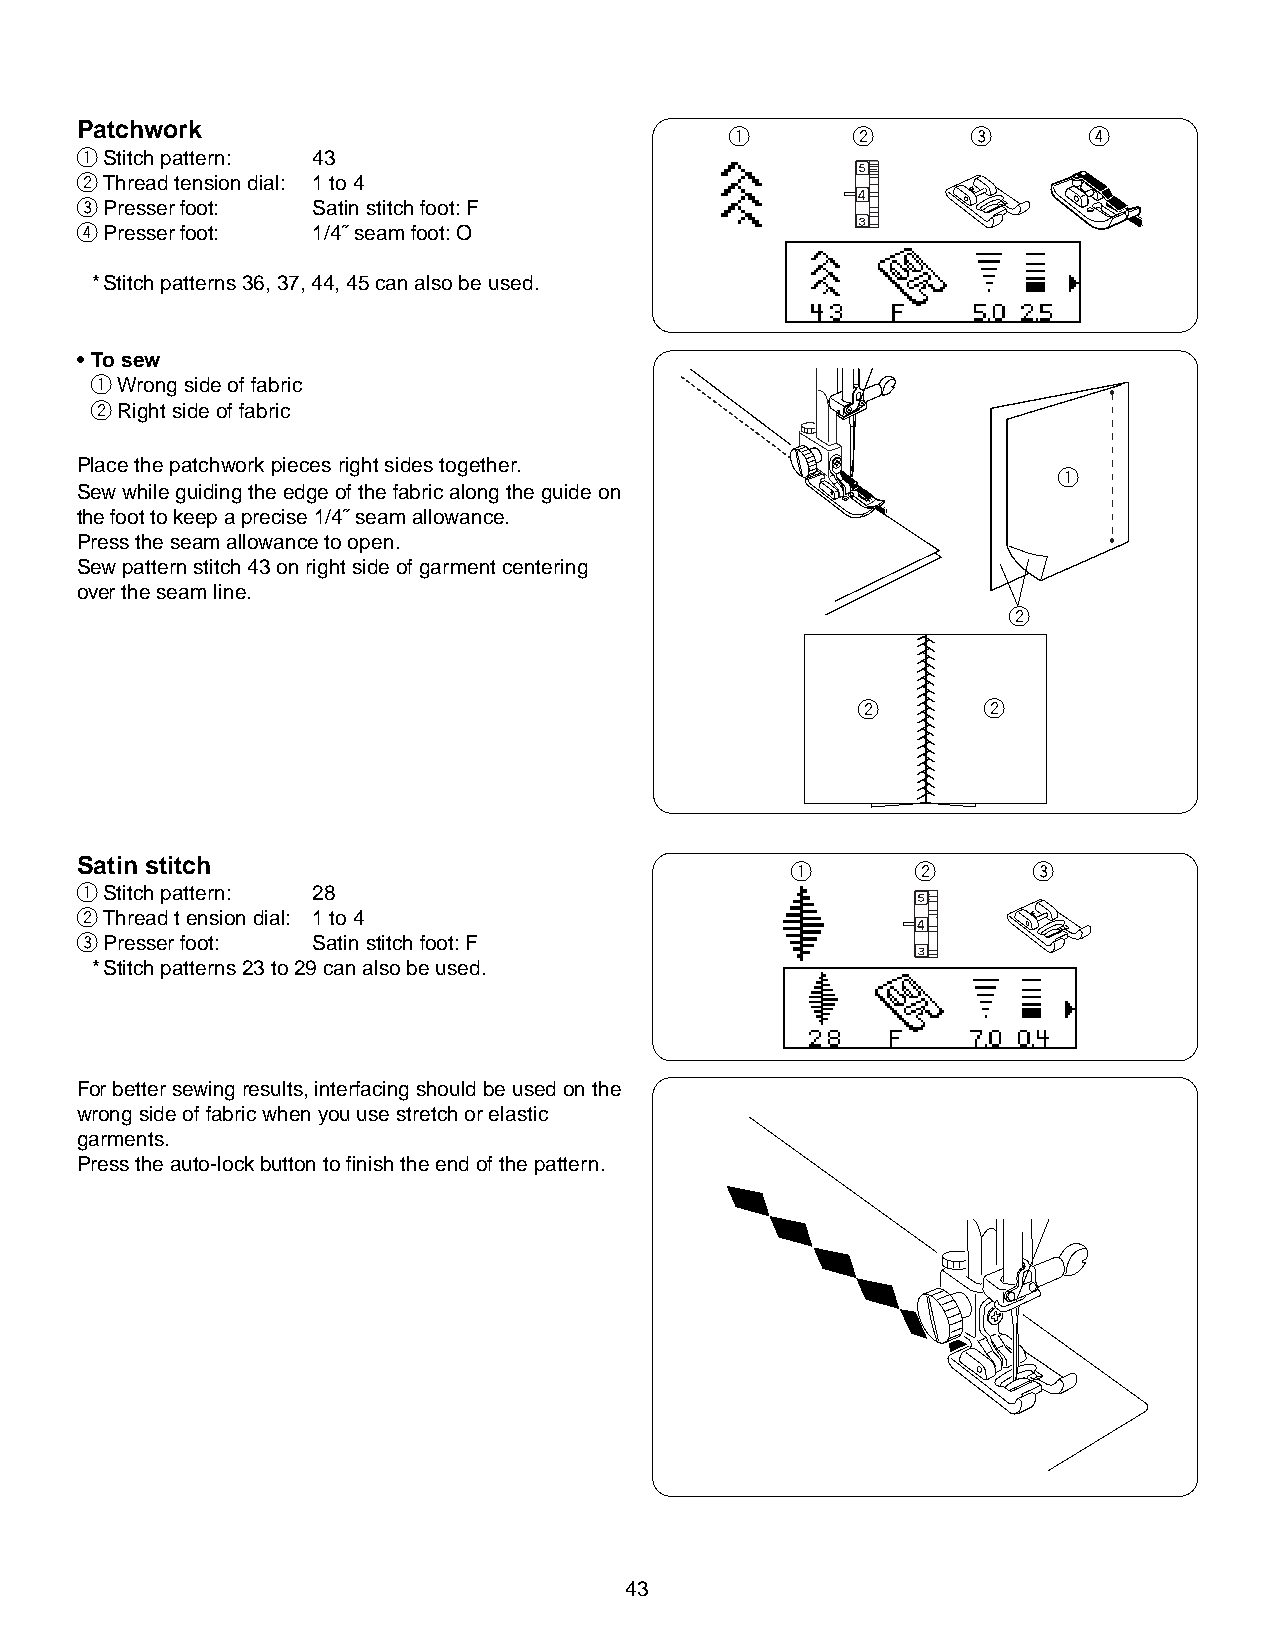
Patchwork
 q       w       e       r
 qStitch pattern: 43
 wThread tension dial: 1 to 4
 ePresser foot:  Satin stitch foot: F
 rPresser foot:  1/4˝ seam foot: O
 *Stitch patterns 36, 37, 44, 45 can also be used.
 • To sew
 q Wrong side of fabric
 w Right side of fabric
 Place the patchwork pieces right sides together.
 q
 Sew while guiding the edge of the fabric along the guide on
 the foot to keep a precise 1/4˝ seam allowance.
 Press the seam allowance to open.
 Sew pattern stitch 43 on right side of garment centering
 over the seam line.
 w
 w       w
 Satin stitch
 q        w      e
 qStitch pattern: 28
 wThread t ension dial: 1 to 4
 ePresser foot:  Satin stitch foot: F
 *Stitch patterns 23 to 29 can also be used.
 For better sewing results, interfacing should be used on the
 wrong side of fabric when you use stretch or elastic
 garments.
 Press the auto-lock button to finish the end of the pattern.
 43